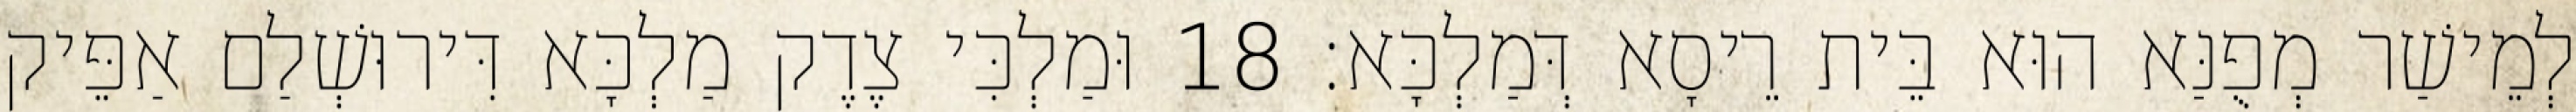
לְמֵישַׁר מְפֻנַּא הוּא בֵּית רֵיסָא דְּמַלְכָּא׃ 18 וּמַלְכִּי צֶדֶק מַלְכָּא דִּירוּשְׁלַם אַפֵּיק